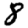
Digit: 8